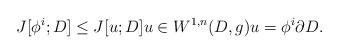
LaTeX: \begin{align*}J[\phi^i; D] \leq J[u; D] u \in W^{1,n}(D,g) u = \phi^i \partial D.\end{align*}